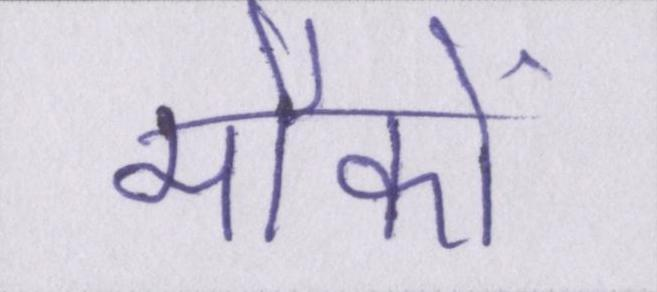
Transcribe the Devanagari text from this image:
मौकों